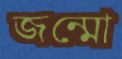
জন্মো